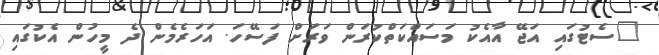
"ސެޓުގައި އަޖޭ އާއެކު މަސައްކަތްކުރަން ވަރަށް ފަސޭހަ. އަހަރެމެން ދެ މީހުން އެކުގައި